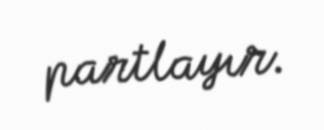
partlayır.